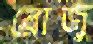
রোজু